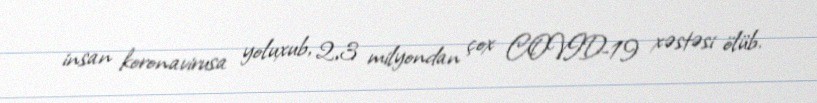
insan koronavirusa yoluxub, 2,3 milyondan çox COVID-19 xəstəsi ölüb.